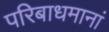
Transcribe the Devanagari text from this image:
परिबाधमानां